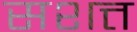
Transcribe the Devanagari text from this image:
सशत्त